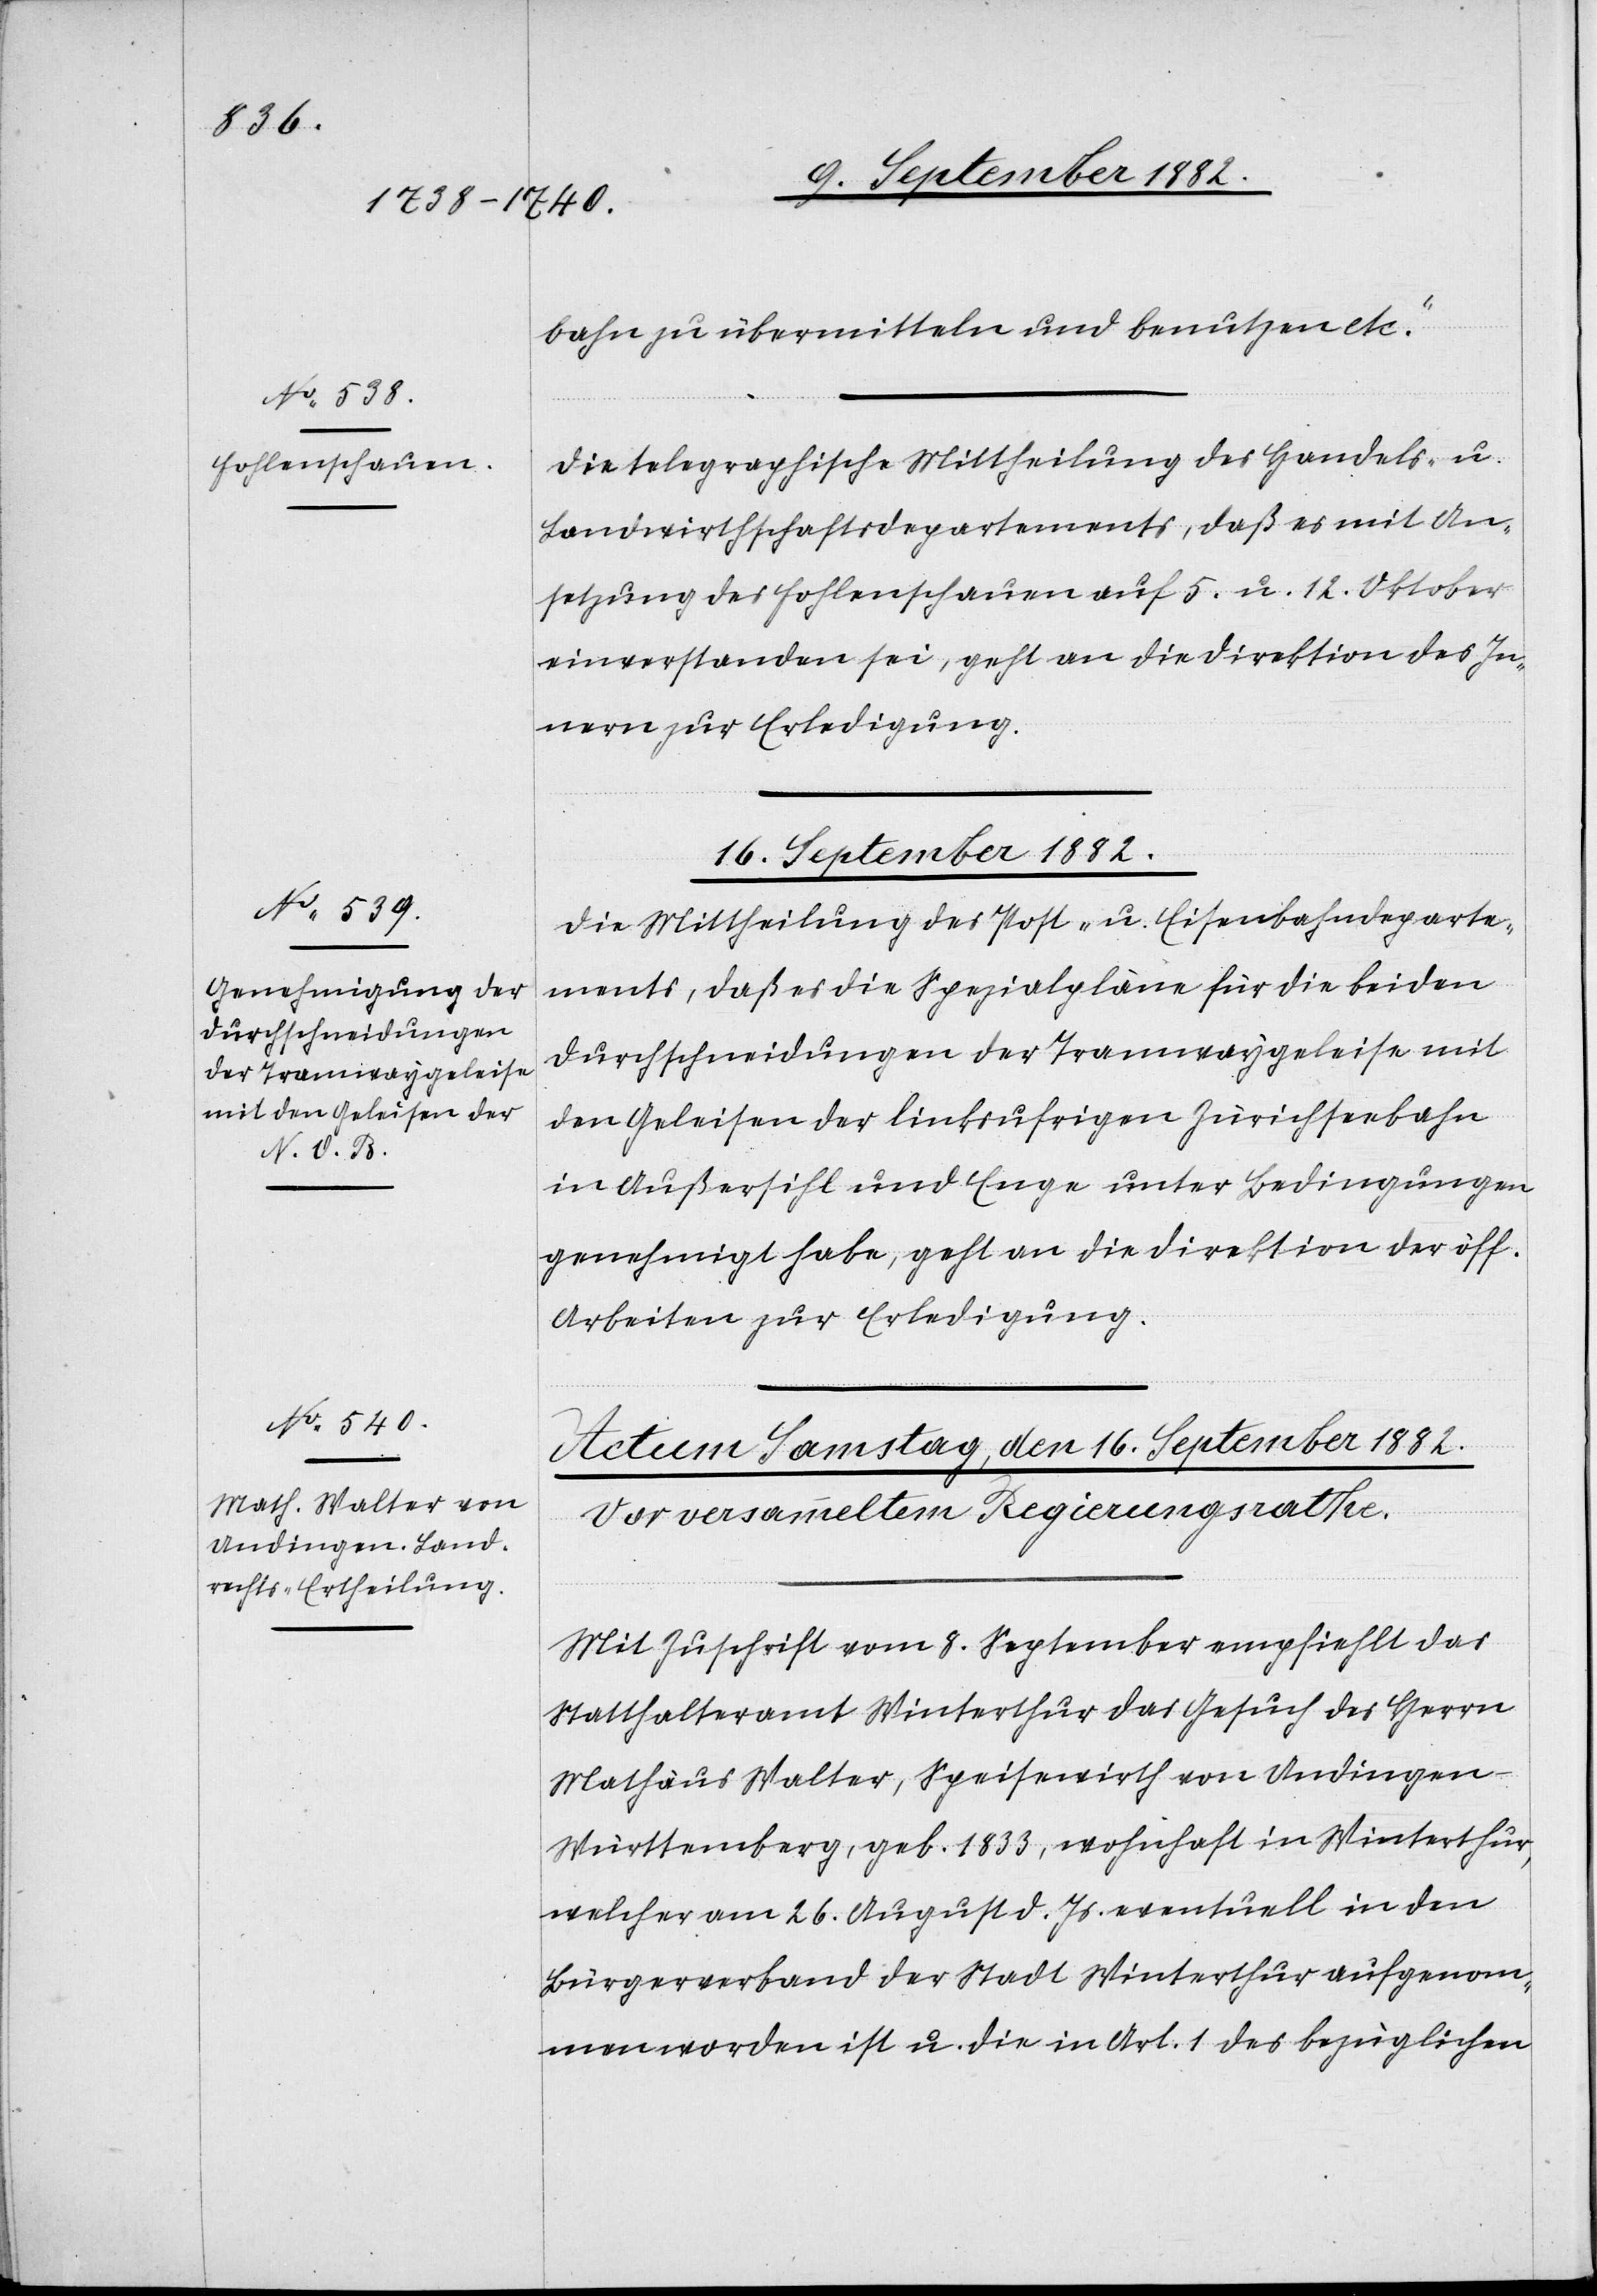
bahn zu übermitteln und benutzen etc.“
Die telegraphische Mittheilung des Handels- u.
Landwirthschaftsdepartements, daß es mit An¬
setzung des Fohlenschauen auf 5. u. 12. Oktober
einverstanden sei, geht an die Direktion des In¬
nern zur Erledigung.
ügungen.
16. September 1882.
Die Mittheilung des Post- u. Eisenbahndeparte¬
ments, daß es die Spezialpläne für die beiden
Durchschneidungen der Tramwaygeleise mit
den Geleisen der linksufrigen Zürichseebahn
in Außersihl und Enge unter Bedingungen
genehmigt habe, geht an die Direktion der öff.
Arbeiten zur Erledigung.
Mit Zuschrift vom 8. September empfiehlt das
Statthalteramt Winterthur das Gesuch des Herrn
Mathäus Walter, Speisewirth von Andingen
Württemberg, geb. 1833, wohnhaft in Winterthur,
welcher am 26. August d. Js. eventuell in den
Bürgerverband der Stadt Winterthur aufgenom¬
men worden ist u. die in Art. 1 des bezüglichen